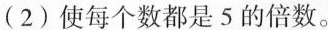
(2)使每个数都是5的倍数。